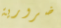
ضرورية